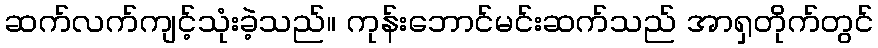
ဆက်လက်ကျင့်သုံးခဲ့သည်။ ကုန်းဘောင်မင်းဆက်သည် အာရှတိုက်တွင်